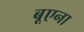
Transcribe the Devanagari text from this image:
बूएना